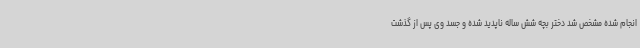
انجام شده مشخص شد دختر بچه شش ساله ناپدید شده و جسد وی پس از گذشت